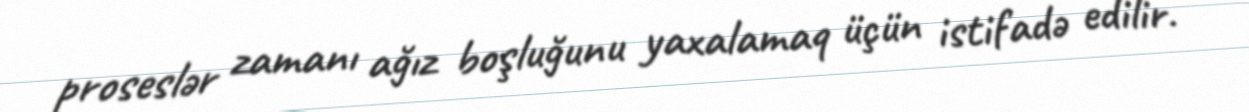
proseslər zamanı ağız boşluğunu yaxalamaq üçün istifadə edilir.